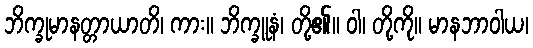
ဘိက္ခုမာနတ္တာယာတိ၊ ကား။ ဘိက္ခူနံ၊ တို့၏။ ဝါ၊ တို့ကို။ မာနဘာဝါယ၊